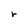
Character: r